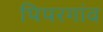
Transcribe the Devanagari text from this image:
पिपरगांव